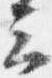
云